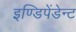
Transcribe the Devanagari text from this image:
इण्डिपेंडेन्ट